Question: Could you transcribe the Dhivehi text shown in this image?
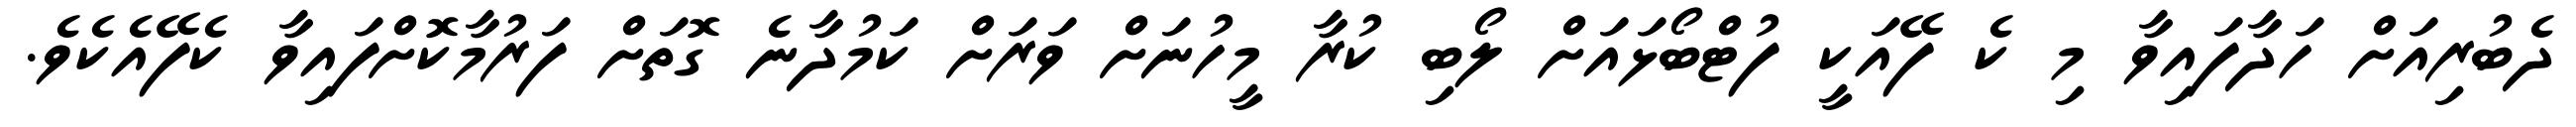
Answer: ދެބުރިއަށް ހަދާފައިވާ މި ކެ ފޭއަކީ ފުޓްބޯޅައަށް ލޯބި ކުރާ މީހުނަށް ވަރަށް ކަމުދާނެ ގޮތަށް ފަރުމާކޮށްފައިވާ ކެފޭއެކެވެ.